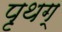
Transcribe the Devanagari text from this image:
पृथग्